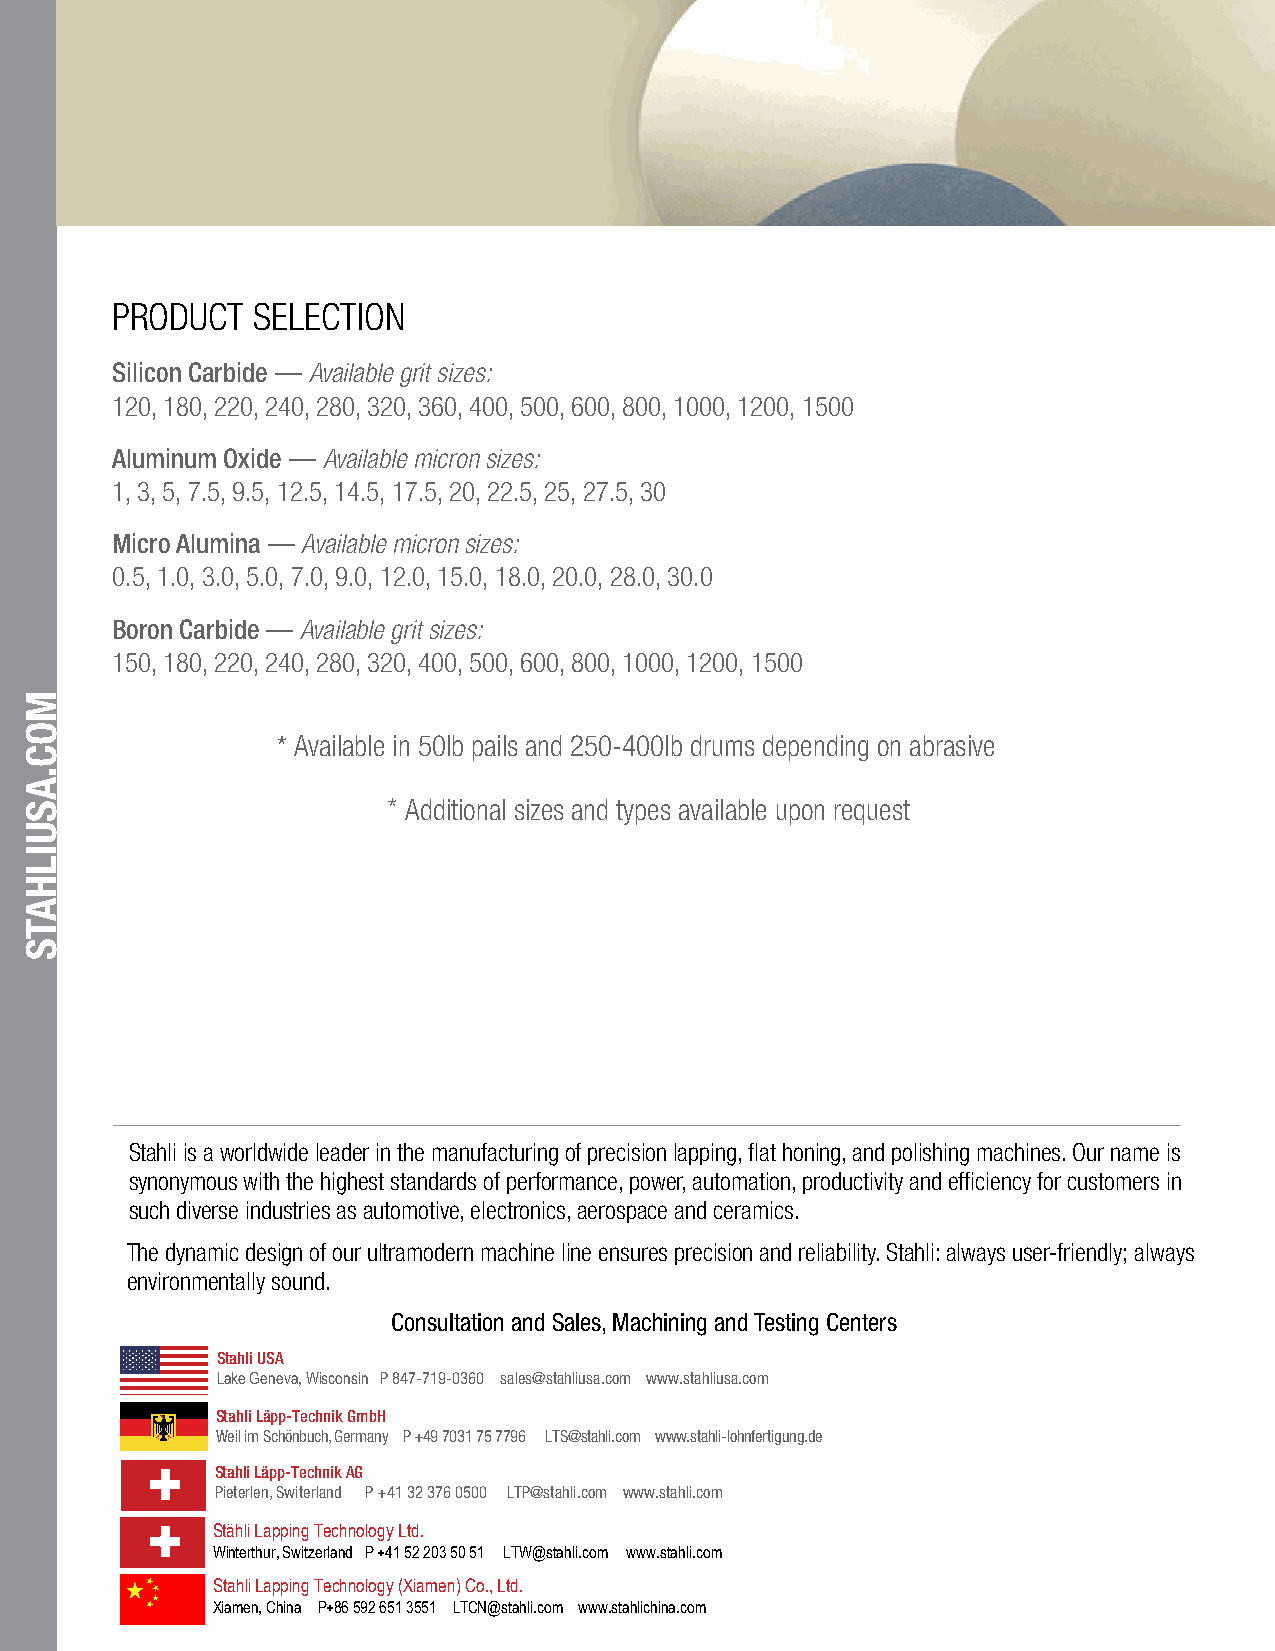
PRODUCT   SELECTION
 Silicon Carbide — Available grit sizes:
 120, 180, 220, 240, 280, 320, 360, 400, 500, 600, 800, 1000, 1200, 1500
 Aluminum Oxide — Available micron sizes:
 1, 3, 5, 7.5, 9.5, 12.5, 14.5, 17.5, 20, 22.5, 25, 27.5, 30
 Micro Alumina — Available micron sizes:
 0.5, 1.0, 3.0, 5.0, 7.0, 9.0, 12.0, 15.0, 18.0, 20.0, 28.0, 30.0
 Boron Carbide — Available grit sizes:
 150, 180, 220, 240, 280, 320, 400, 500, 600, 800, 1000, 1200, 1500
 * Available in 50lb pails and 250-400lb drums depending on abrasive
 * Additional sizes and types available upon request
 Stahli is a worldwide leader in the manufacturing of precision lapping, flat honing, and polishing machines. Our name is
 synonymous with the highest standards of performance, power, automation, productivity and efficiency for customers in
 such diverse industries as automotive, electronics, aerospace and ceramics.
 The dynamic design of our ultramodern machine line ensures precision and reliability. Stahli: always user-friendly; always
 environmentally sound.
 Consultation and Sales, Machining and Testing Centers
 Stahli USA
 Lake Geneva, Wisconsin P 847-719-0360 sales@stahliusa.com www.stahliusa.com
 Stahli Läpp-Technik GmbH
 Weil im Schönbuch, Germany P +49 7031 75 7796 LTS@stahli.com www.stahli-lohnfertigung.de
 Stahli Läpp-Technik AG
 Pieterlen, Switerland P +41 32 376 0500 LTP@stahli.com www.stahli.com
 Stähli Lapping Technology Ltd.
 Winterthur, Switzerland P +41 52 203 50 51 LTW@stahli.com www.stahli.com
 Stahli Lapping Technology (Xiamen) Co., Ltd.
 Xiamen, China P+86 592 651 3551 LTCN@stahli.com www.stahlichina.com
 MOC.ASUILHATS